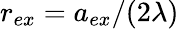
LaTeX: r_{ex}=a_{ex}/(2\lambda)